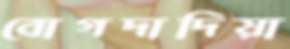
বোগদাদিয়া